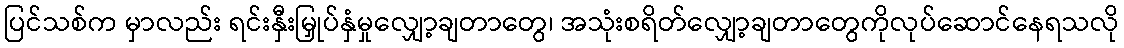
ပြင်သစ်က မှာလည်း ရင်းနှီးမြှုပ်နှံမှုလျှော့ချတာတွေ၊ အသုံးစရိတ်လျှော့ချတာတွေကိုလုပ်ဆောင်နေရသလို